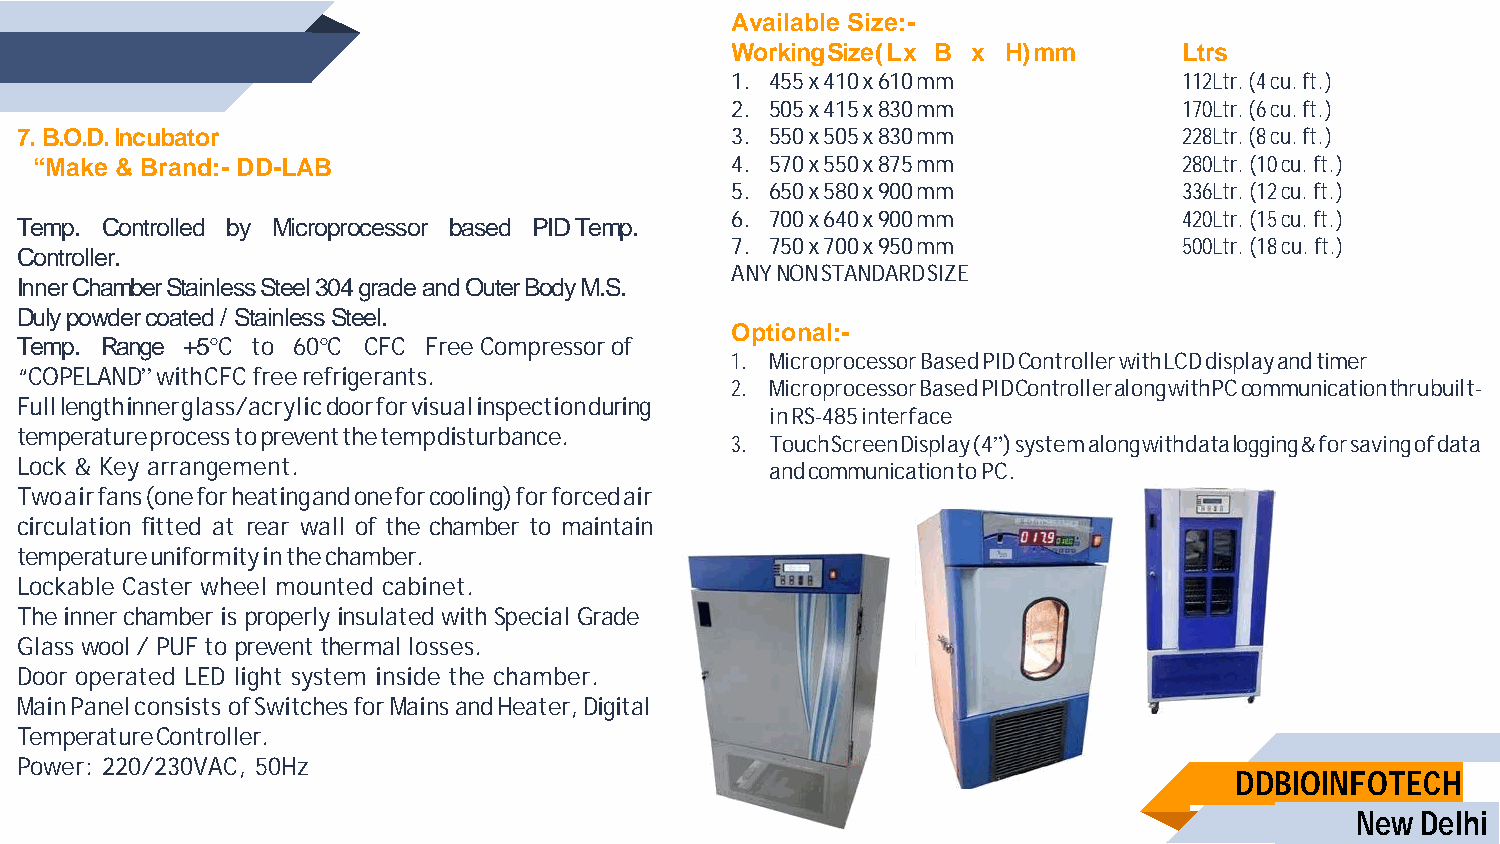
Available Size:-
 Working Size ( L x B x H) mm  Ltrs
 1. 455 x 410 x 610 mm         112Ltr. (4 cu. ft.)
 2. 505 x 415 x 830 mm         170Ltr. (6 cu. ft.)
 7. B.O.D. Incubator                            3. 550 x 505 x 830 mm         228Ltr. (8 cu. ft.)
 “Make & Brand:- DD-LAB                        4. 570 x 550 x 875 mm         280Ltr. (10 cu. ft.)
 5. 650 x 580 x 900 mm         336Ltr. (12 cu. ft.)
 6. 700 x 640 x 900 mm         420Ltr. (15 cu. ft.)
 Temp. Controlled by Microprocessor based PID Temp.
 7. 750 x 700 x 950 mm         500Ltr. (18 cu. ft.)
 Controller.
 ANY NON STANDARD SIZE
 Inner Chamber Stainless Steel 304 grade and Outer Body M.S.
 Duly powder coated / Stainless Steel.
 Optional:-
 Temp. Range +5°C to 60°C CFC Free Compressor of
 1. Microprocessor Based PID Controller with LCD display and timer
 “COPELAND” with CFC free refrigerants.
 2. Microprocessor Based PID Controller along with PC communication thru built-
 Full length inner glass/acrylic door for visual inspection during
 in RS-485 interface
 temperature process to prevent the temp disturbance.
 3. Touch Screen Display (4”) system along with data logging & for saving of data
 Lock & Key arrangement.                           and communication to PC.
 Two air fans (one for heating and one for cooling) for forced air
 circulation fitted at rear wall of the chamber to maintain
 temperature uniformity in the chamber.
 Lockable Caster wheel mounted cabinet.
 The inner chamber is properly insulated with Special Grade
 Glass wool / PUF to prevent thermal losses.
 Door operated LED light system inside the chamber.
 Main Panel consists of Switches for Mains and Heater, Digital
 Temperature Controller.
 Power: 220/230VAC, 50Hz
 DDBIOINFOTECH
 New Delhi